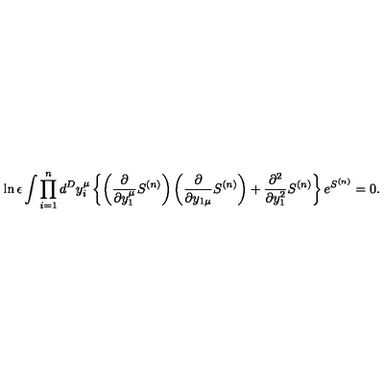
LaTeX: \ln \epsilon \int \prod _ { i = 1 } ^ { n } d ^ { D } y _ { i } ^ { \mu } \left\{ \left( { \frac { \partial } { \partial y _ { 1 } ^ { \mu } } } S ^ { ( n ) } \right) \left( { \frac { \partial } { \partial y _ { 1 \mu } } } S ^ { ( n ) } \right) + { \frac { \partial ^ { 2 } } { \partial y _ { 1 } ^ { 2 } } } S ^ { ( n ) } \right\} e ^ { S ^ { ( n ) } } = 0 .